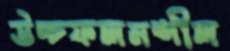
উচ্চফলনশীল